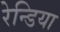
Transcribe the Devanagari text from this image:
रेन्डिया